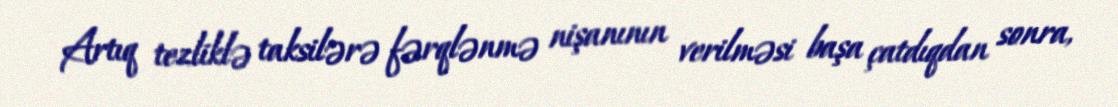
Artıq tezliklə taksilərə fərqlənmə nişanının verilməsi başa çatdıqdan sonra,